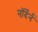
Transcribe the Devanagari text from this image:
नॉर्देर्न